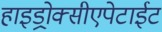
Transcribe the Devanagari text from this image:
हाइड्रोक्सीएपेटाईट